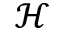
\mathcal { H }